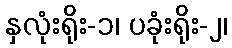
နှလုံးရိုး-၁၊ ပခုံးရိုး-၂၊